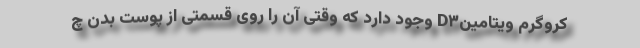
کروگرم ویتامینD۳ وجود دارد که وقتی آن را روی قسمتی از پوست بدن‌ چ